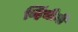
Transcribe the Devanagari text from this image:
व्हिंचीनी